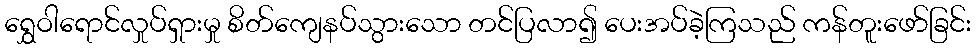
ရွှေဝါရောင်လှုပ်ရှားမှု စိတ်ကျေနပ်သွားသော တင်ပြလာ၍ ပေးအပ်ခဲ့ကြသည် ကန်တူးဖော်ခြင်း